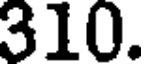
310.